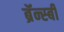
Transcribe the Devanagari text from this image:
ब्रॅन्स्बी